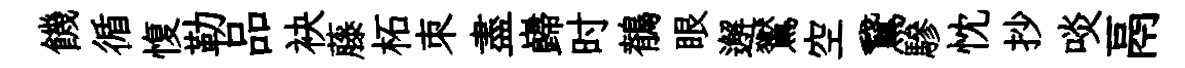
饑循愎勒品袂藤柘朿盡巋时鶺眼邂鸑空鵞驂忱抄啖鬲